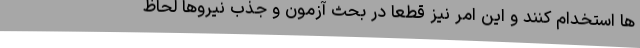
ها استخدام کنند و این امر نیز قطعاً در بحث آزمون و جذب نیروها لحاظ